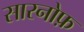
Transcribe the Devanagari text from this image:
सारनोफ़